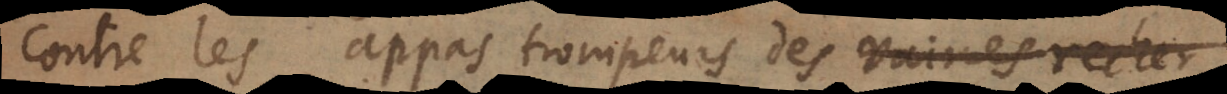
contre les appas trompeurs des vaines recher